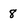
Character: 8